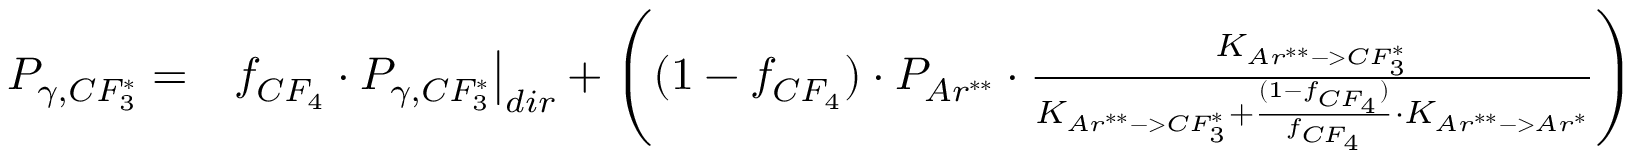
\begin{array} { r l } { P _ { \gamma , C F _ { 3 } ^ { * } } = } & { f _ { C F _ { 4 } } \cdot P _ { \gamma , C F _ { 3 } ^ { * } } \big | _ { d i r } + \left( ( 1 - f _ { C F _ { 4 } } ) \cdot P _ { A r ^ { * * } } \cdot \frac { K _ { A r ^ { * * } - > C F _ { 3 } ^ { * } } } { K _ { A r ^ { * * } - > C F _ { 3 } ^ { * } } + \frac { ( 1 - f _ { C F _ { 4 } } ) } { f _ { C F _ { 4 } } } \cdot K _ { A r ^ { * * } - > A r ^ { * } } } \right) } \end{array}